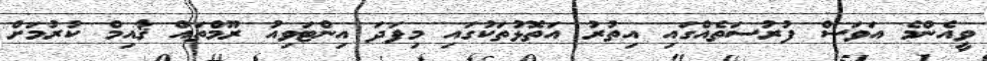
ވީއެންމެ އަވަސް ފުރުސަތެއްގައި އިތުރު އަތޮޅުތަކުގައި މިފަދަ އިންޓަވިއު ރޫމްތައް ޤާއިމް ކުރުމަށް